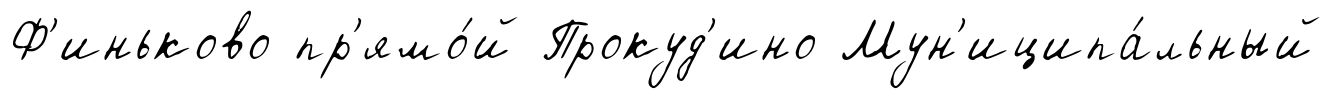
Ф'иньково пр'ямо́й Прокуд'ино Мун'иципа́льный